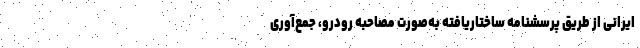
ایرانی از طریق پرسشنامه ساختاریافته به‌صورت مصاحبه رودرو، جمع‌آوری